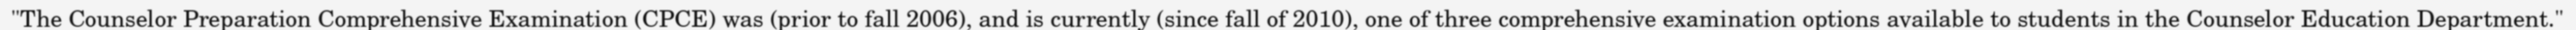
"The Counselor Preparation Comprehensive Examination (CPCE) was (prior to fall 2006), and is currently (since fall of 2010), one of three comprehensive examination options available to students in the Counselor Education Department."